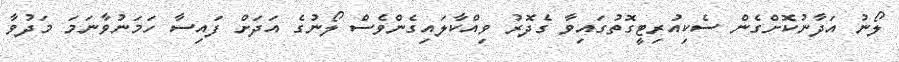
ލޯނު އަދާނުކޮށްގެން ސެކިއުރިޓީގޮތުގައިވާ ގެދޮރު ވިއްކާލައިގެންވެސް ލޯނުގެ އަދަށް ފައިސާ ހަމަނުވާނަމަ މަދުވާ